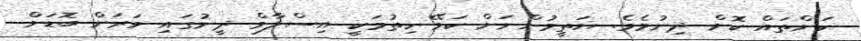
ކަންތައް ކޮށް ދިނުމެވެ. ޔަތީމުންނަށް ކަމޭ ހިތުމަކީ އިސްލާމް ދީނުގައި ވަރަށް ބޮޑަށް